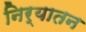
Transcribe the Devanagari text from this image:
निर्यातन